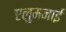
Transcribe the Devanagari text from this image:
एलुमनाई